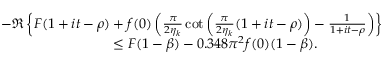
\begin{array} { r l } & { - \Re \left\{ F ( 1 + i t - \rho ) + f ( 0 ) \left( \frac { \pi } { 2 \eta _ { k } } \cot \left( \frac { \pi } { 2 \eta _ { k } } ( 1 + i t - \rho ) \right) - \frac { 1 } { 1 + i t - \rho } \right) \right\} } \\ & { \qquad \qquad \qquad \qquad \le F ( 1 - \beta ) - 0 . 3 4 8 \pi ^ { 2 } f ( 0 ) ( 1 - \beta ) . } \end{array}